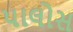
પાલોસ